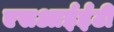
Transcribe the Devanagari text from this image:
एसआईईटी